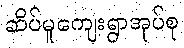
ဆိပ်မူကျေးရွာအုပ်စု